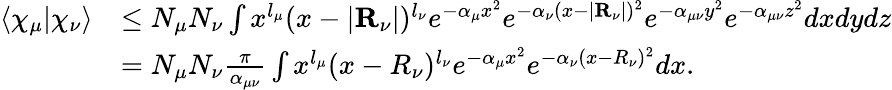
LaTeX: \begin{array}{rl}{\langle\chi_{\mu}|\chi_{\nu}\rangle}&{\leq N_{\mu}N_{\nu}\int x^{l_{\mu}}(x-|\mathbf{R}_{\nu}|)^{l_{\nu}}e^{-\alpha_{\mu}x^{2}}e^{-\alpha_{\nu}(x-|\mathbf{R}_{\nu}|)^{2}}e^{-\alpha_{\mu\nu}y^{2}}e^{-\alpha_{\mu\nu}z^{2}}dxdydz}\\ &{=N_{\mu}N_{\nu}\frac{\pi}{\alpha_{\mu\nu}}\int x^{l_{\mu}}(x-R_{\nu})^{l_{\nu}}e^{-\alpha_{\mu}x^{2}}e^{-\alpha_{\nu}(x-R_{\nu})^{2}}dx.}\end{array}